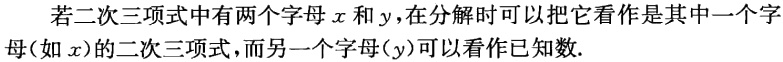
若二次三项式中有两个字母\(x\)和\(y\)，在分解时可以把它看作是其中一个字母（如\(x\)）的二次三项式，而另一个字母（\(y\)）可以看作已知数.